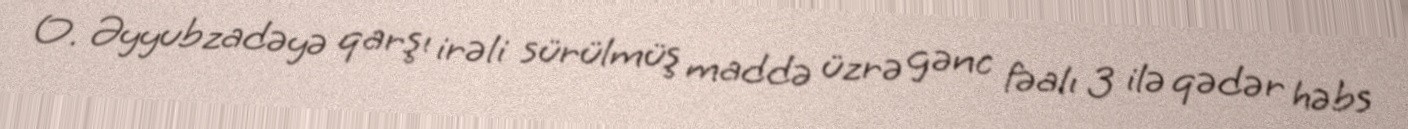
O. Əyyubzadəyə qarşı irəli sürülmüş maddə üzrə gənc fəalı 3 ilə qədər həbs